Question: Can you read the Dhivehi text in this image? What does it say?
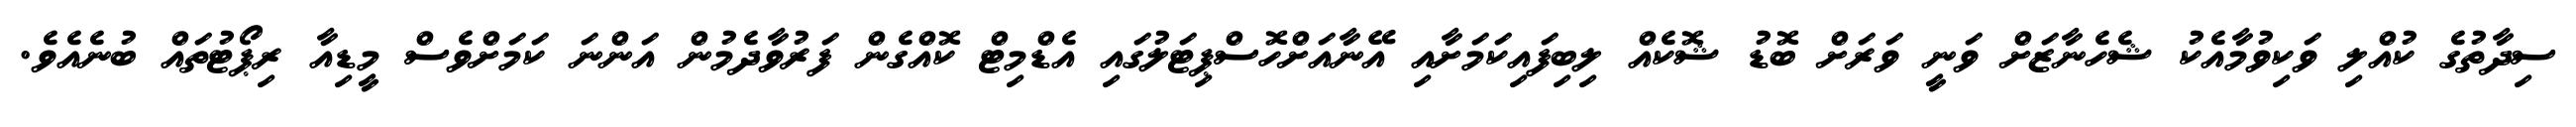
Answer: ސިދާތުގެ ކުއްލި ވަކިވުމާއެކު ޝެހެނާޒަށް ވަނީ ވަރަށް ބޮޑު ޝޮކެއް ލިބިފައިކަމަށާއި އޭނާއަށްހޮސްޕިޓަލުގައި އެޑްމިޓް ކޮއްގެން ފަރުވާދެމުން އަންނަ ކަމަށްވެސް މީޑިއާ ރިޕޯޓުތައް ބުނެއެވެ.